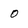
Character: O